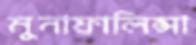
মুনাফালিপ্সা